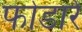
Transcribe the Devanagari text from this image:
फोडारे